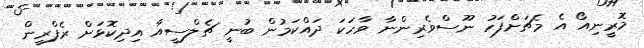
މޮރީނިއޯ އެ މެޗަށްފަހު ނޫސްވެރިންނާ ވާހަކަ ދައްކަމުން ބުނީ ޗެލްސީއާ އިދިކޮޅަށް ރެެފްރީން